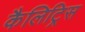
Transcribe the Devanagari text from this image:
कैलिट्रिस